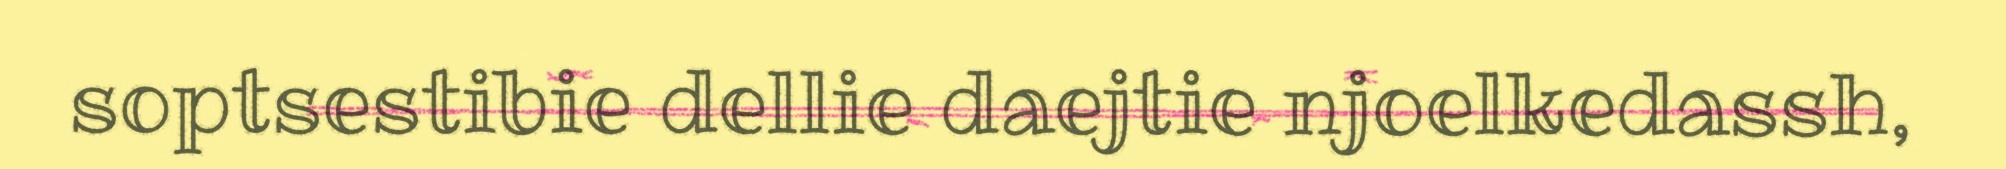
soptsestibie dellie daejtie njoelkedassh,